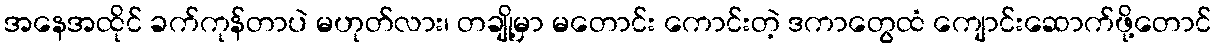
အနေအထိုင် ခက်ကုန်တာပဲ မဟုတ်လား၊ တချို့မှာ မတောင်း ကောင်းတဲ့ ဒကာတွေထံ ကျောင်းဆောက်ဖို့တောင်